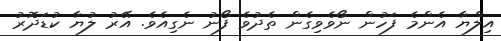
އިލްޔާ އެންމެ ފަހުން ނޯވެވިގެން ތެދުވެ ފޯނު ނެގިއެވެ. އޭރު ލުޔާ ކުޑަދޮރު